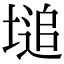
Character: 塠